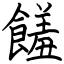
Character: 饈